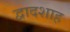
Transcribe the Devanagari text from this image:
द्वादशाह